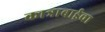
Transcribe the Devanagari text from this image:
कात्राबाईचा